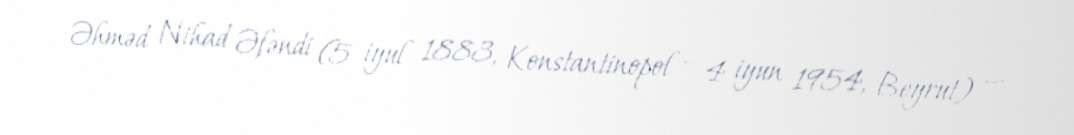
Əhməd Nihad Əfəndi (5 iyul 1883, Konstantinopol – 4 iyun 1954, Beyrut) —